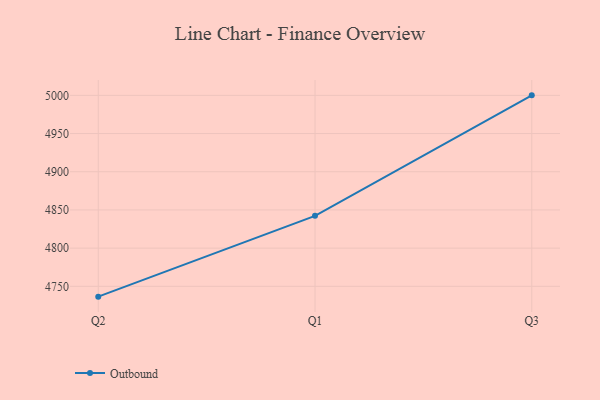
{"axis": {"x": "Quarter", "y": "Demand Index"}, "legend": ["Outbound"], "data": [{"x": "Q2", "y": 4736.5, "type": "Outbound"}, {"x": "Q1", "y": 4842.3, "type": "Outbound"}, {"x": "Q3", "y": 5000, "type": "Outbound"}]}